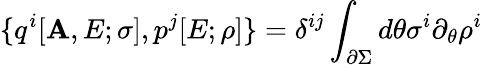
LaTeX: \{ q^{i}[\mathbf{A},E;\sigma],p^{j}[E;\rho]\} =\delta^{ij}\int_{\partial\Sigma}d\theta\sigma^{i}\partial_{\theta}\rho^{i}